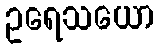
ဥရေသယော